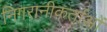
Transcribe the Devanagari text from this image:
निगरानीकर्ताओं